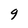
Character: q